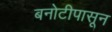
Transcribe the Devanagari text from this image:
बनोटीपासून